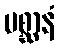
မစ္ဆာနံ